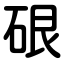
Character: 硍